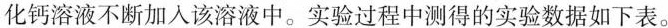
化钙溶液不断加入该溶液中。实验过程中测得的实验数据如下表。